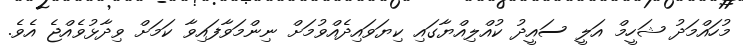
މުހައްމަދު ޝަހީމް އަލީ ސައީދު ކުއްލިއްޔާގައި ކިޔަވައިދެއްވުމަށް ނިންމަވާފައިވާ ކަމަށް ވިދާޅުވެއްޖެ އެވެ.